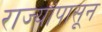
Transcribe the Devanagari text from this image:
राज्यांपासून